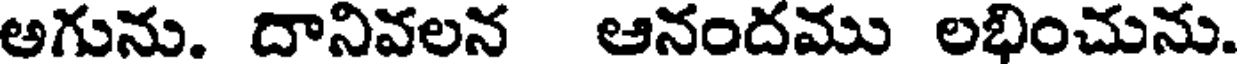
అగును. దానివలన ఆనందము లభించును.